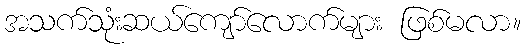
အသက်သုံးဆယ်ကျော်လောက်များ ဖြစ်မလာ။